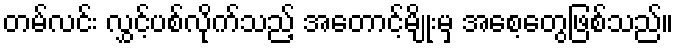
တမ်လင်း လွှင့်ပစ်လိုက်သည့် အတောင့်မျိုးမှ အစေ့တွေဖြစ်သည်။